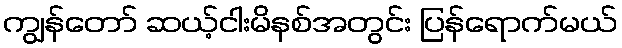
ကျွန်တော် ဆယ့်ငါးမိနစ်အတွင်း ပြန်ရောက်မယ်